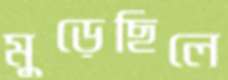
মুড়েছিলে